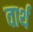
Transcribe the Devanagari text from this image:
वार्थ